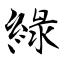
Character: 綠